Vaccination report Assam 1896-1927 - 1896-1927
Year: 1896
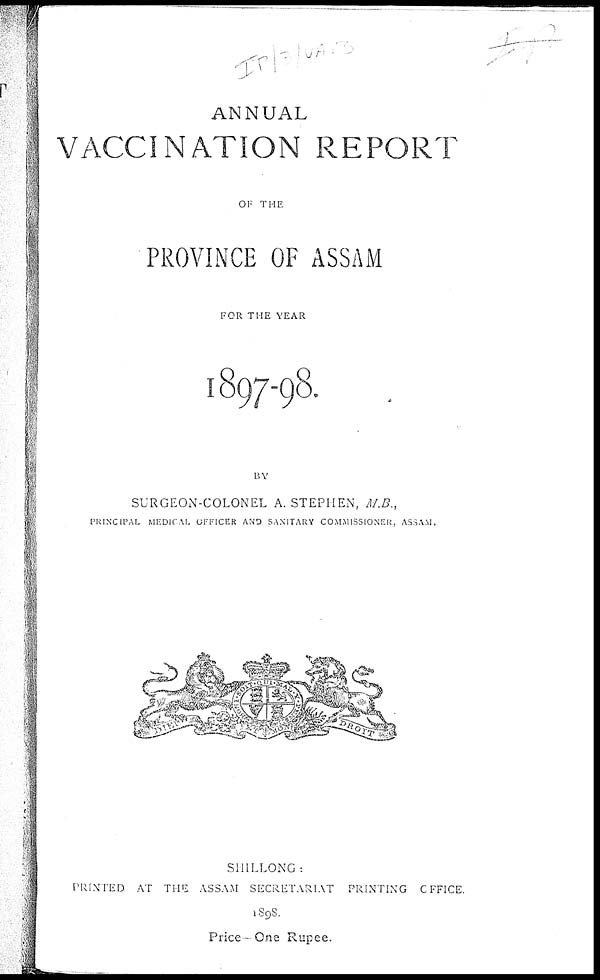
ANNUAL
VACCINATION REPORT
OF THE
PROVINCE OF ASSAM
FOR THE YEAR
1897-98.
BY
SURGEON-COLONEL A. STEPHEN, M.B.,
PRINCIPAL MEDICAL OFFICER AND SANITARY COMMISSIONER, ASSAM.
SHILLONG:
PRINTED AT THE ASSAM SECRETARIAT PRINTING OFFICE.
1898.
Price— One Rupee.